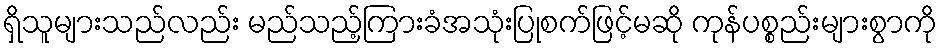
ရှိသူများသည်လည်း မည်သည့်ကြားခံအသုံးပြုစက်ဖြင့်မဆို ကုန်ပစ္စည်းများစွာကို